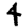
Digit: 4